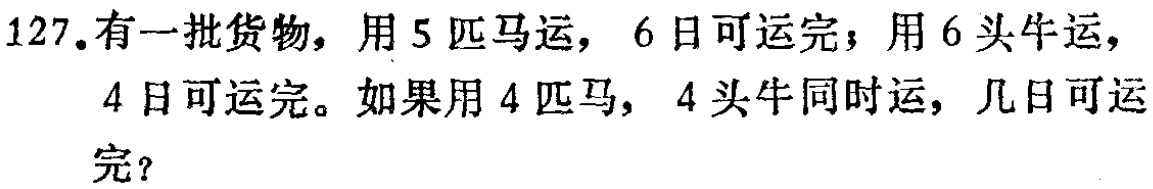
127.有一批货物，用5匹马运，6日可运完；用6头牛运，4日可运完。如果用4匹马，4头牛同时运，几日可运完？